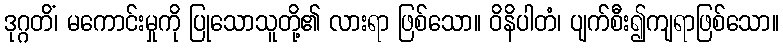
ဒုဂ္ဂတိံ၊ မကောင်းမှုကို ပြုသောသူတို့၏ လားရာ ဖြစ်သော။ ဝိနိပါတံ၊ ပျက်စီး၍ကျရာဖြစ်သော။